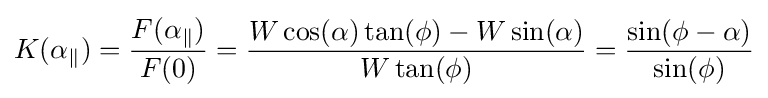
K(\alpha _{\parallel })={\frac {F(\alpha _{\parallel })}{F(0)}}={\frac {W\cos(\alpha )\tan(\phi )-W\sin(\alpha )}{W\tan(\phi )}}={\frac {\sin(\phi -\alpha )}{\sin(\phi )}}